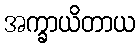
အက္ခာယိတာယ